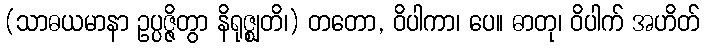
(သာဓယမာနာ ဥပ္ပဇ္ဇိတွာ နိရုဇ္ဈတိ၊) တတော, ဝိပါကာ၊ ပေ။ ဓာတု၊ ဝိပါက် အဟိတ်